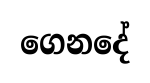
ගෙනදේ